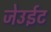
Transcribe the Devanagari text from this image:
जेउईट